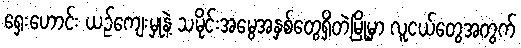
ရှေးဟောင်း ယဉ်ကျေးမှုနဲ့ သမိုင်းအမွေအနှစ်တွေရှိတဲ့မြို့မှာ လူငယ်တွေအတွက်